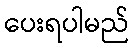
ပေးရပါမည်